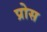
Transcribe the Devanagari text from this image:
प्रोस